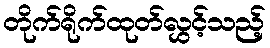
တိုက်ရိုက်ထုတ်လွှင့်သည့်